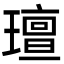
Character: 璮